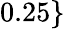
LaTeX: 0.25\}